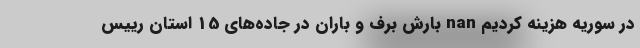
در سوریه هزینه کردیم nan بارش برف و باران در جاده‌های 15 استان رییس